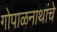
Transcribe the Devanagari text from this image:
गोपाळनाथांचे